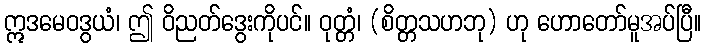
ဣဒမေဝဒွယံ၊ ဤ ဝိညတ်ဒွေးကိုပင်။ ဝုတ္တံ၊ (စိတ္တသဟဘု) ဟု ဟောတော်မူအပ်ပြီ။